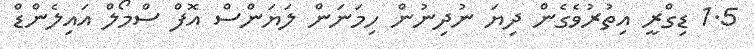
1.5 ޑިގްރީ އިތުރުވެގެން ދިޔަ ނުދިނުން ހިމަނަން ލަޔަންސް އޮފް ސްމޯލް އައިލެންޑް